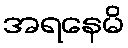
အရနေမိ